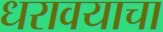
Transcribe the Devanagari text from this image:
धरावयाचा